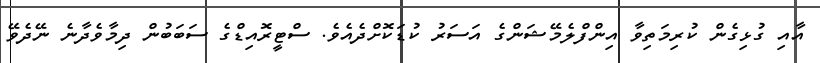
އާއި ގުޅިގެން ކުރިމަތިވާ އިންފްލެމޭޝަންގެ އަސަރު ކުޑަކޮށްދެއެވެ. ސްޓީރޮއިޑްގެ ސަބަބުން ދިމާވެދާނެ ނޭދެވޭ